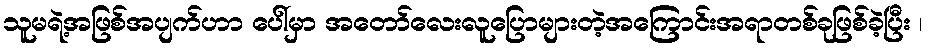
သူမရဲ့အဖြစ်အပျက်ဟာ ပေါ်မှာ အတော်လေးလူပြောများတဲ့အကြောင်းအရာတစ်ခုဖြစ်ခဲ့ပြီး ၊